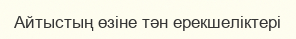
Айтыстың өзіне тән ерекшеліктері